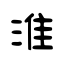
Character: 淮